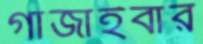
গাঁজাইবার